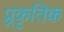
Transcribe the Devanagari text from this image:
प्र्रकृतिक